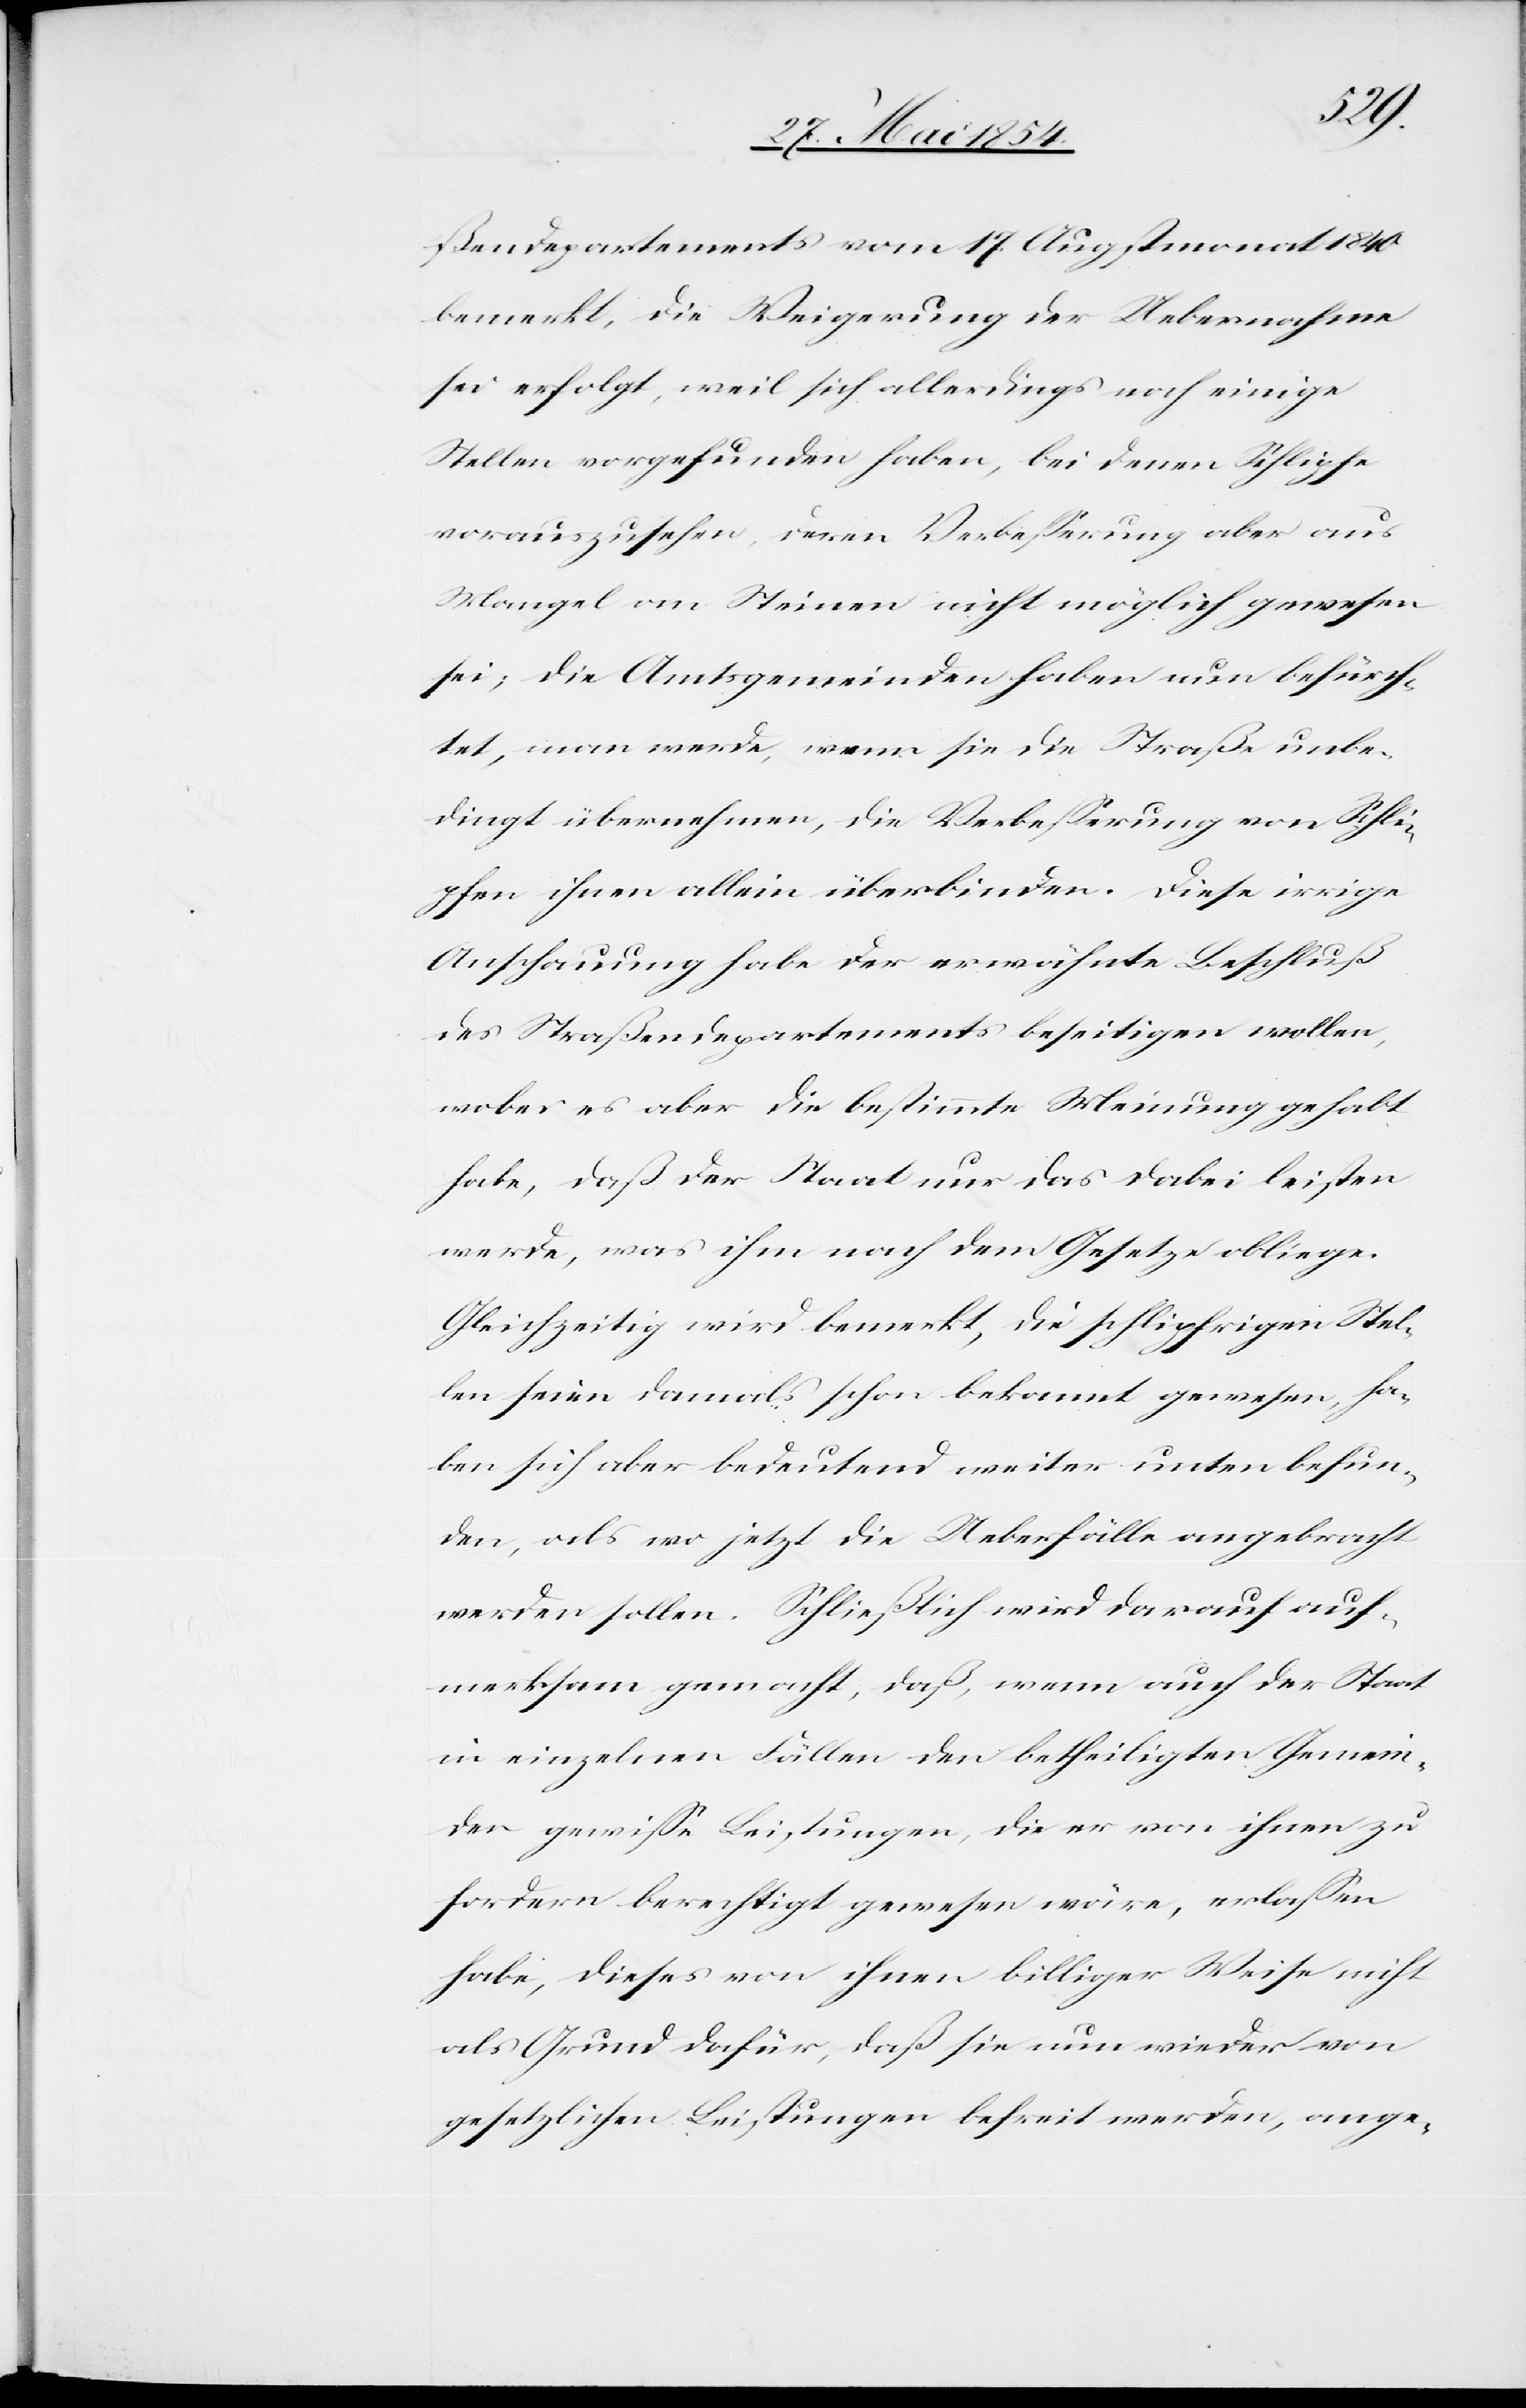
ßendepartements vom 17. Augstmonat 1840
bemerkt, die Weigerung der Uebernahme
sei erfolgt, weil sich allerdings noch einige
Stellen vorgefunden haben, bei denen Schlipfe
vorauszusehen, deren Verbeßerung aber aus
Mangel an Steinen nicht möglich gewesen
sei; die Amtsgemeinden haben nun befürch¬
tet, man werde, wenn sie die Straße unbe¬
dingt übernehmen, die Verbeßerung von Schli¬
pfen ihnen allein überbinden. Diese irrige
Anschauung habe der erwähnte Beschluß
des Straßendepartements beseitigen wollen,
wobei es aber die bestimmte Meinung gehabt
habe, daß der Staat nur das dabei leisten
werde, was ihm nach dem Gesetze obliege.
Gleichzeitig wird bemerkt, die schlipfrigen Stel¬
len seien damals schon bekannt gewesen, ha¬
ben sich aber bedeutend weiter unten befun¬
den, also wo jetzt die Ueberfälle angebracht
werden sollen. Schließlich wird darauf auf¬
merksam gemacht, daß, wenn auch der Staat
in einzelnen Fällen den betheiligten Gemein¬
den gewiße Leistungen, die er von ihnen zu
fordern berechtigt gewesen wäre, erlaßen
habe, dieses von ihnen billiger Weise nicht
als Grund dafür, daß sie nun wieder von
gesetzlichen Leistungen befreit werden, ange-